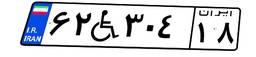
۳۰W۰۸۶۰۷